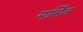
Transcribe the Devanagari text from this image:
मार्सिल